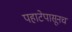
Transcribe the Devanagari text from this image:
पहाटेपासूनच